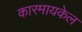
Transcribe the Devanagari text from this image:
कारमायकेल